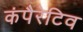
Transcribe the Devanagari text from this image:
कंपैरेटिव